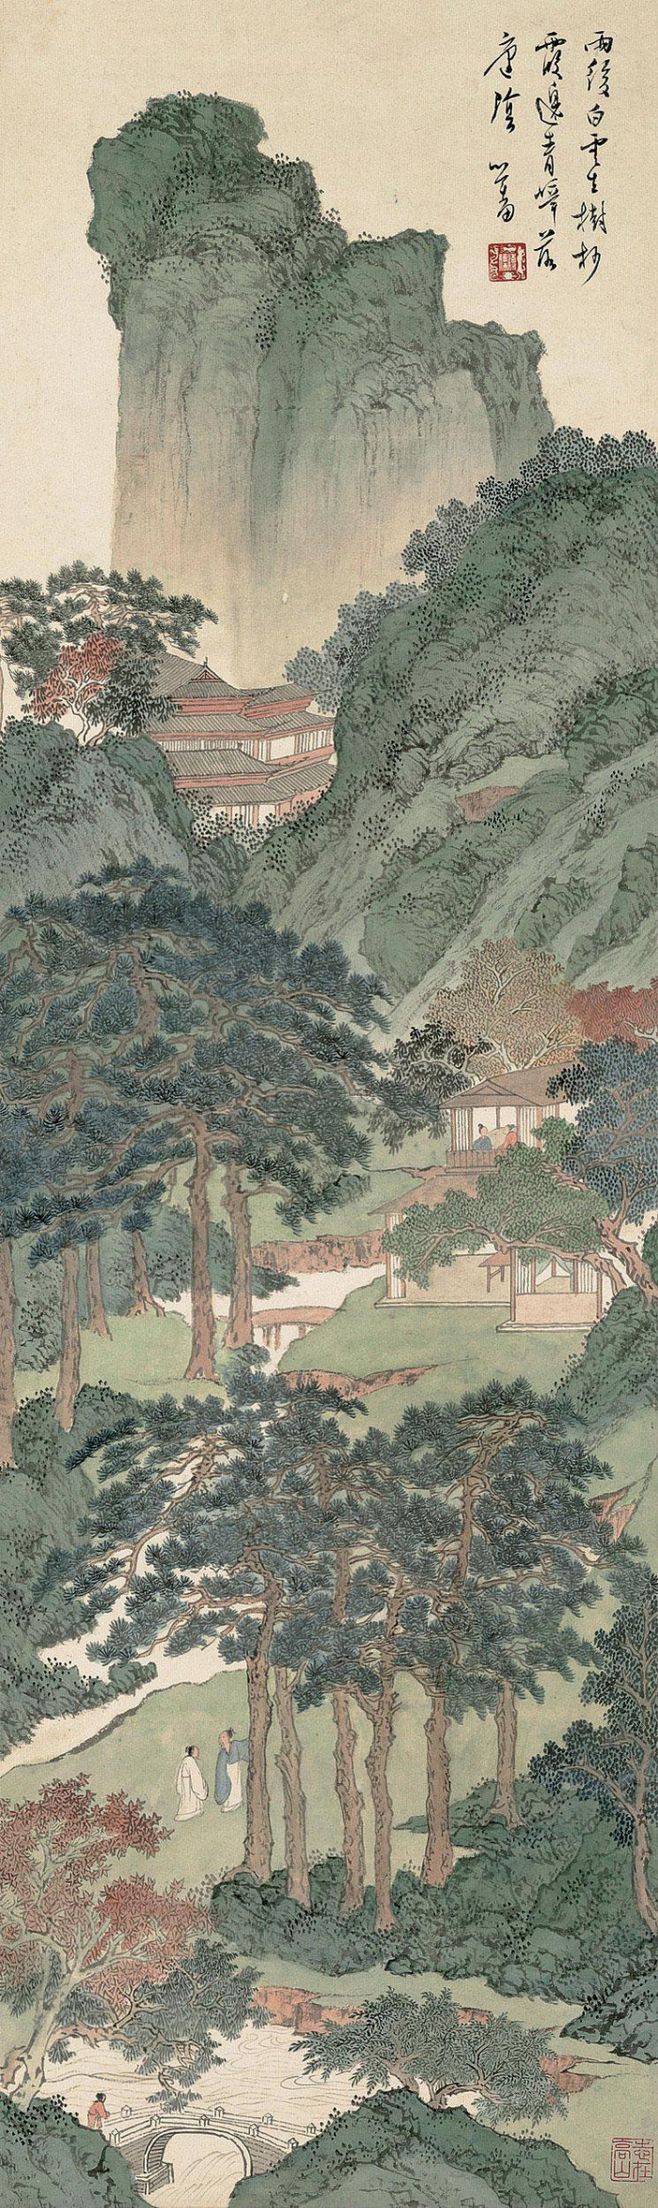
楼头客子杪秋后，日落君山元气中。